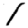
Digit: 1